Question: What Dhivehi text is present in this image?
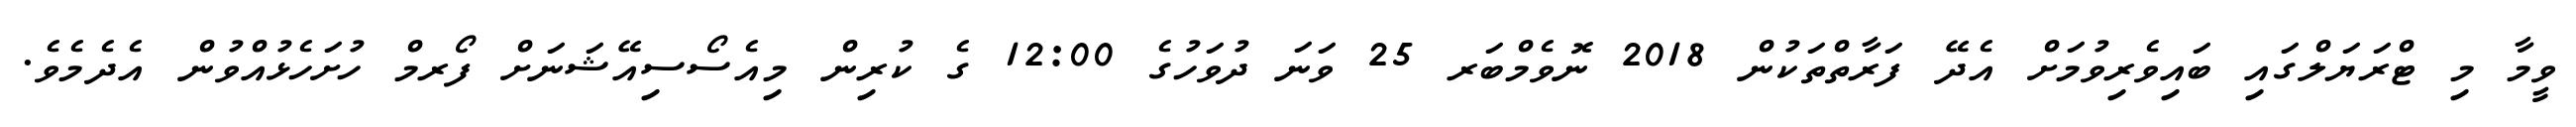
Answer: ވީމާ މި ޓްރަޔަލްގައި ބައިވެރިވުމަށް އެދޭ ފަރާތްތަކުން 2018 ނޮވެމްބަރ 25 ވަނަ ދުވަހުގެ 12:00 ގެ ކުރިން މިއެސޯސިއޭޝަނަށް ފޯރމް ހުށަހެޅުއްވުން އެދެމެވެ.